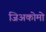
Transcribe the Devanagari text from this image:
जिअकोमो